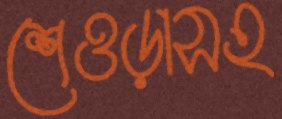
শেওড়াসহ